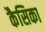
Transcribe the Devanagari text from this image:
कैसिका